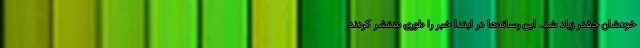
خودشان چقدر زیاد شد. این رسانه‌ها در ابتدا خبر را طوری منتشر کردند